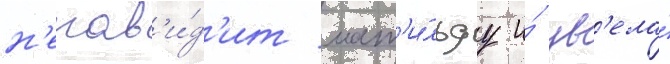
н'енав'и́д'ит мат'и́льду и́ ув'ела́